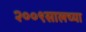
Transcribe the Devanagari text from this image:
२००९सालच्या